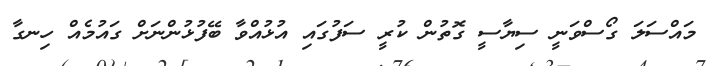
މައްސަލަ ގޯސްވަނީ ސިޔާސީ ގޮތުން ކުރީ ސަފުގައި އުޅުއްވާ ބޭފުޅުންނަށް ގައުމެއް ހިނގާ